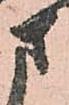
さ